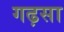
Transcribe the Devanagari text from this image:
गढ़सा